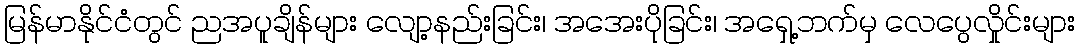
မြန်မာနိုင်ငံတွင် ညအပူချိန်များ လျော့နည်းခြင်း၊ အအေးပိုခြင်း၊ အရှေ့ဘက်မှ လေပွေလှိုင်းများ